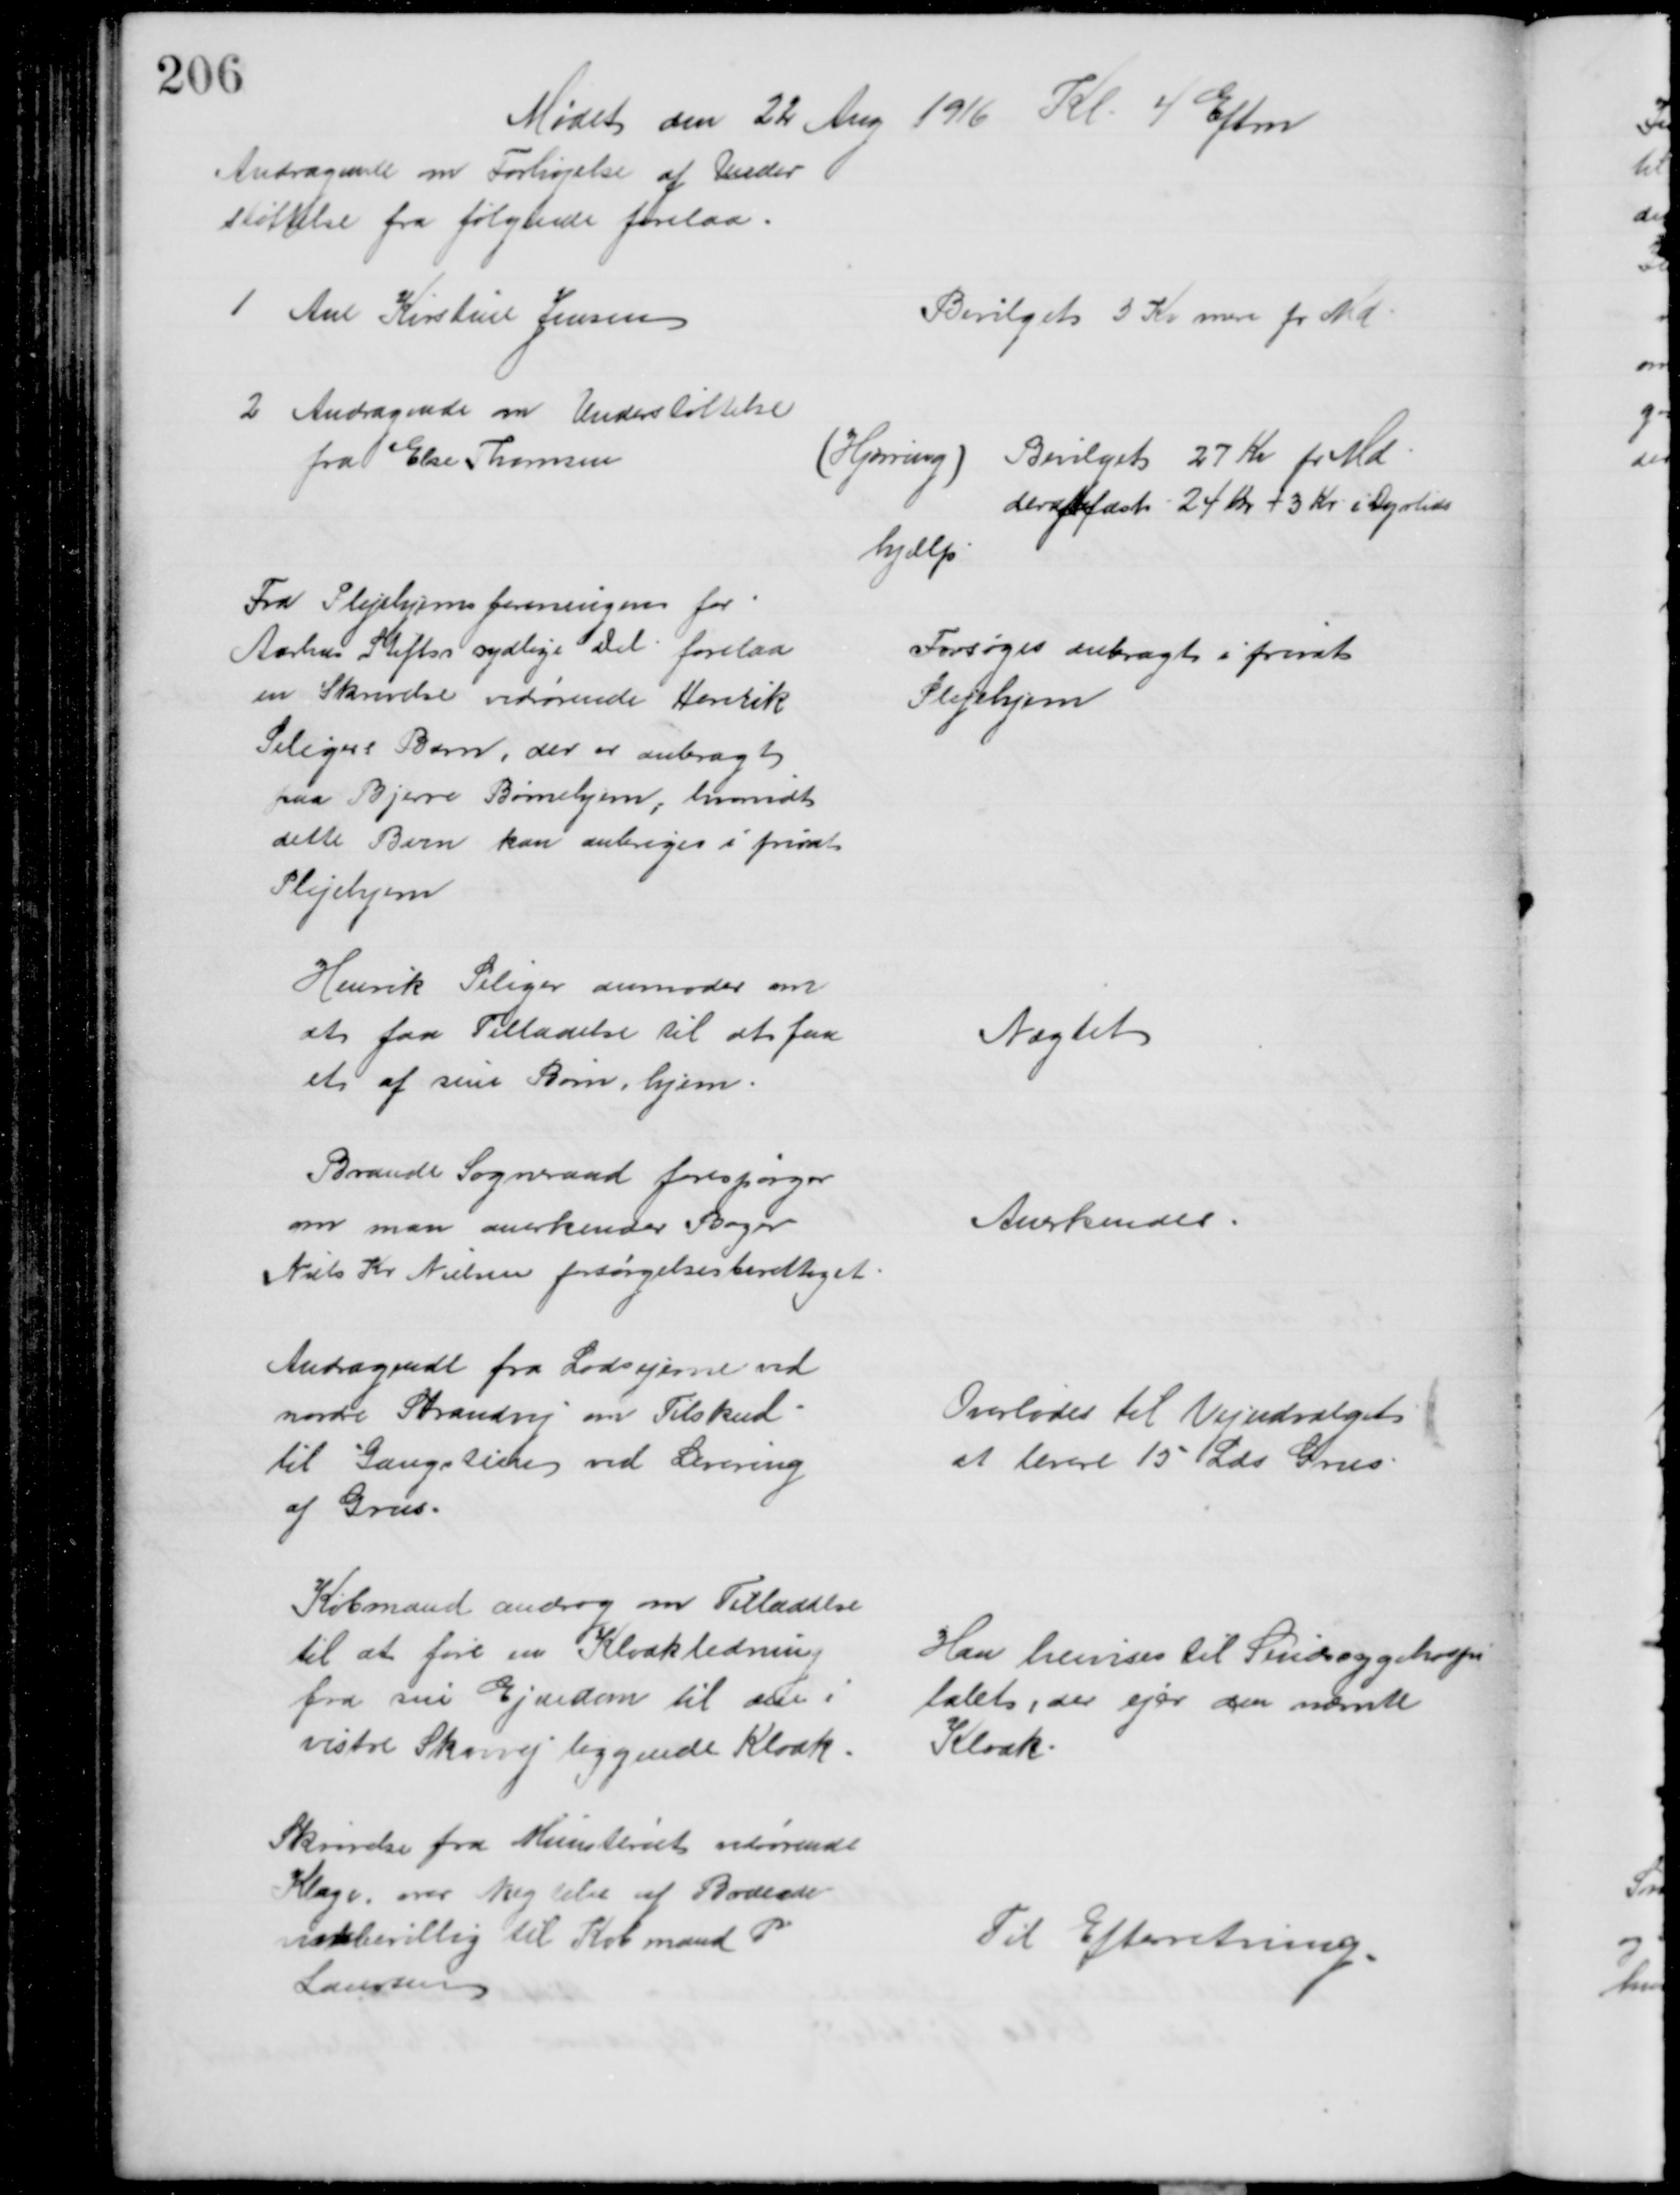
Transskription:
Mødet den 22 Aug 1916 Kl 4 Eftm
Andragende om Forhøjelse af Under
støttelse fra følgende forelaa
1 Ane Kirstine Jensen
Bevilget 3 Kr mere pr Md
2 Andragende om Understøttelse
fra Else Thomsen
(Hjørring) 
Bevilget 27 Kr pr Md
deraf fast 24 Kr + 3 Kr i Dyrtids
hjælp
Fra Plejehjemsforeningen for
Aarhus Stiftss sydlige Del forelaa
en Skrivelse vedrørende Henrik
Seligers Barn, der er anbragt
paa Bjerre Børnehjem, hvorvidt
dette Barn kan anbriges i privat
Plejehjem
Forsøges anbragt i privat
Plejehjem
Henrik Seliger anmoder om
at faa Tilladelse til at faa
et af sine Børn hjem.
Nægtet
Brande Sogneraad forespørger
om man anerkender Bager
Niels Kr Nielsen forsørgelsesberettiget
Anerkendes
Andragende fra Lodsejerne ved
nordre Strandvej om Tilskud
til Gangstien ved Levering
af Grus.
Overlodes til Vejudvalget
at levere 15 Læs Grus
Købmand androg om Tilladelse
til at føre en Kloakledning
fra sin Ejendom til den i
vestre Skovvej liggende Kloak
Han henvises til Sindssygehospi
talet, der ejer den nævnte
Kloak
Skrivelse fra Ministeriet vedrørende
Klage over Nægtelse af Brænde
vinsbevillig til Købmand P
Laursen
Til Efterretning.